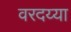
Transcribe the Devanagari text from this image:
वरदय्या